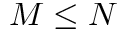
M \leq N